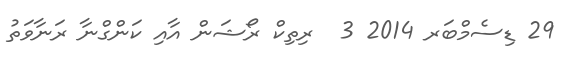
29 ޑިސެމްބަރ 2014 3  ރިތިކް ރޯޝަން އާއި ކަންގްނާ ރަނާވަތު